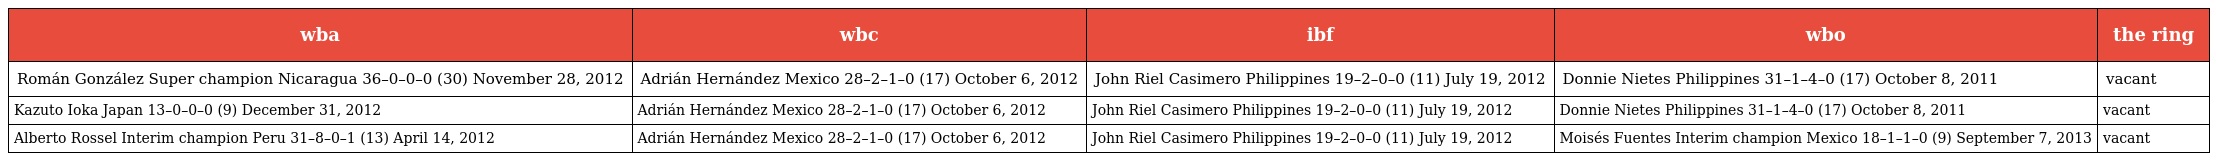
| wba | wbc | ibf | wbo | the ring |
 | --- | --- | --- | --- | --- |
 | Román González Super champion Nicaragua 36–0–0–0 (30) November 28, 2012 | Adrián Hernández Mexico 28–2–1–0 (17) October 6, 2012 | John Riel Casimero Philippines 19–2–0–0 (11) July 19, 2012 | Donnie Nietes Philippines 31–1–4–0 (17) October 8, 2011 | vacant |
 | Kazuto Ioka Japan 13–0–0–0 (9) December 31, 2012 | Adrián Hernández Mexico 28–2–1–0 (17) October 6, 2012 | John Riel Casimero Philippines 19–2–0–0 (11) July 19, 2012 | Donnie Nietes Philippines 31–1–4–0 (17) October 8, 2011 | vacant |
 | Alberto Rossel Interim champion Peru 31–8–0–1 (13) April 14, 2012 | Adrián Hernández Mexico 28–2–1–0 (17) October 6, 2012 | John Riel Casimero Philippines 19–2–0–0 (11) July 19, 2012 | Moisés Fuentes Interim champion Mexico 18–1–1–0 (9) September 7, 2013 | vacant |